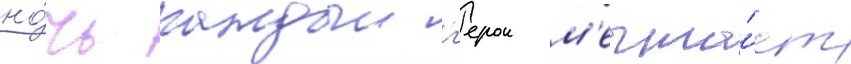
но́чь каждыи г'ерои м'ечта́ет